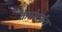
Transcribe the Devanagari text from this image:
केपोएईरा